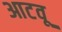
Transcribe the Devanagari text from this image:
आटवू